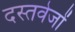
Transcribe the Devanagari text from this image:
दस्तवेजों